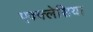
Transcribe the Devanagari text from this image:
एक्क्लेसिया